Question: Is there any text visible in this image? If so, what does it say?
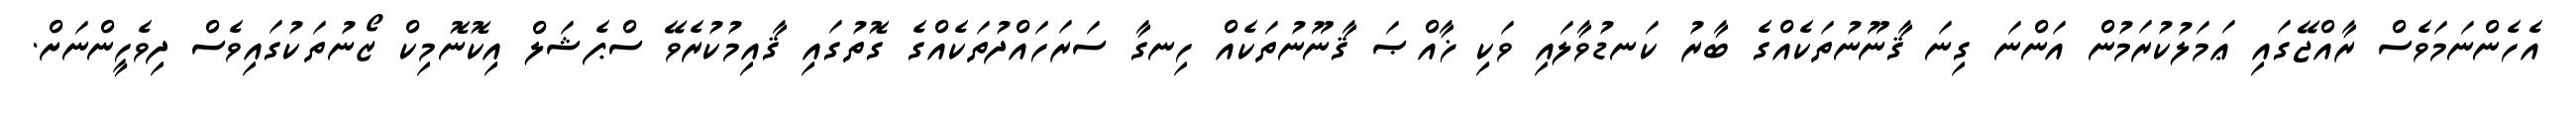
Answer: އެހެންނަމަވެސް ރާއްޖޭގައި ޢަމަލުކުރަމުން އަންނަ ގިނަ ޤާނޫނުތަކެއްގެ ބާރު ކަނޑުވާލައި ވަކި ޚާއްޞަ ޤާނޫނުތަކެއް ހިނގާ ސަރަހައްދުތަކެއްގެ ގޮތުގައި ޤާއިމުކުރެވޭ ސްޕެޝަލް އިކޮނޮމިކް ޒޯނުތަކުގައިވެސް ދިވެހީންނަށް.